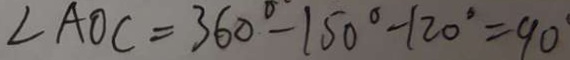
\angle A O C = 3 6 0 ^ { \circ } - 1 5 0 ^ { \circ } - 1 2 0 ^ { \circ } = 9 0 ^ { \circ }